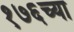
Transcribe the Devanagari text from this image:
१७६च्या